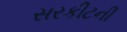
સરકીટની